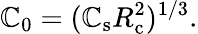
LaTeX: \mathbb{C}_{0}=(\mathbb{C}_{\mathrm{{s}}}R_{\mathrm{{c}}}^{2})^{1/3}.